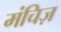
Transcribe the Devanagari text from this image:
मंचिज़